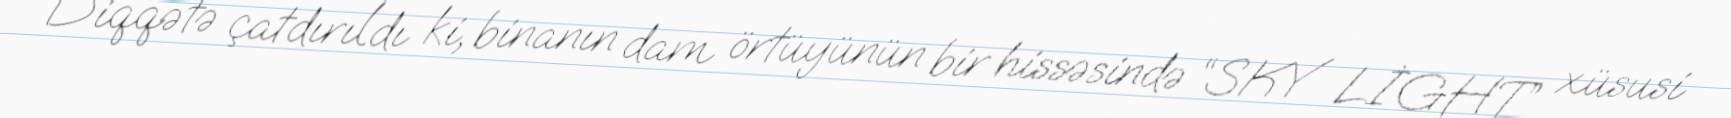
Diqqətə çatdırıldı ki, binanın dam örtüyünün bir hissəsində “SKY LİGHT” xüsusi